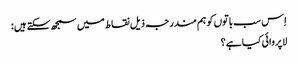
اِس سب باتوں کو ہم مندرجہ ذیل نقاط میں سمجھ سکتے ہیں :
لاپروائی کیا ہے ؟